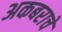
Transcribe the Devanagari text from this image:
अकबराचे